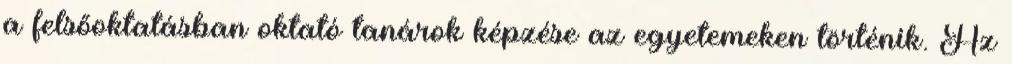
a felsőoktatásban oktató tanárok képzése az egyetemeken történik. Az